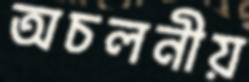
অচলনীয়